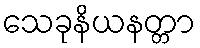
သေခုနိယနတ္တာ